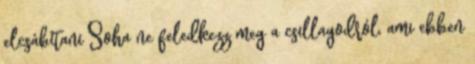
elcsábítani Soha ne feledkezz meg a csillagodról, ami ebben